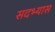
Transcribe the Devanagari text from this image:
सदभ्यास